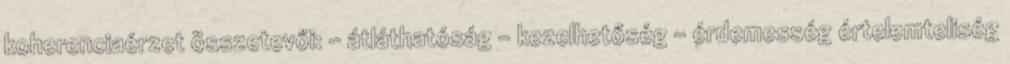
koherenciaérzet összetevői: - átláthatóság - kezelhetőség - érdemesség értelemteliség